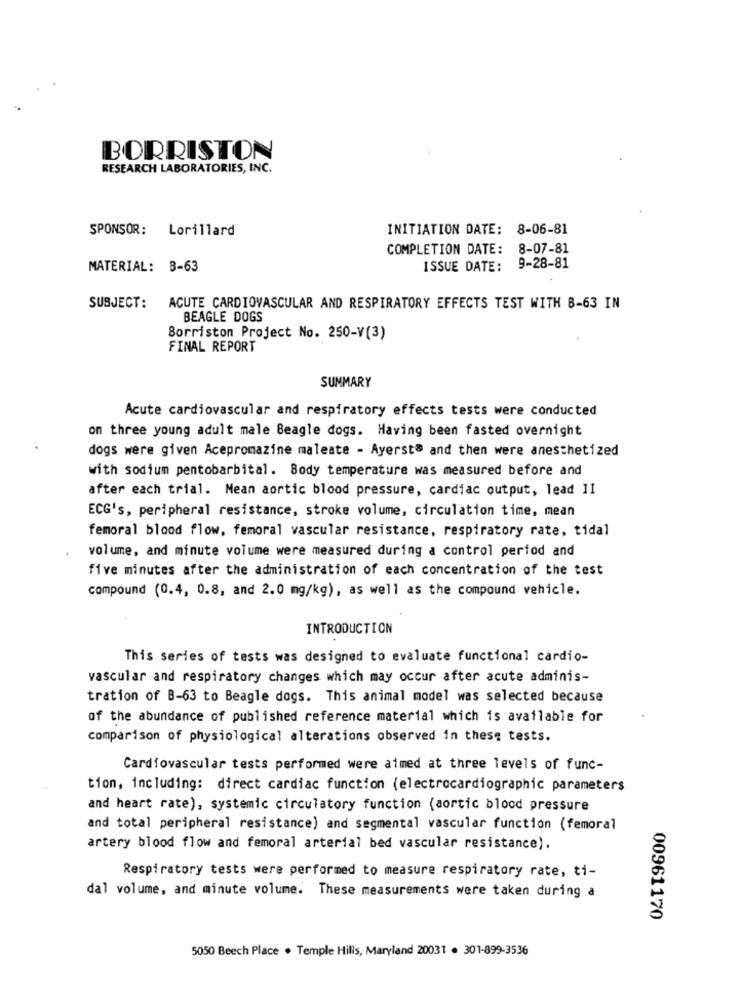
BORRISTON
RESEARCH LABORATORIES, INC.
SPONSOR: Lorillard
INITIATION DATE: 8-06-81
COMPLETION DATE: 8-07-81
MATERIAL: 3-63
ISSUE DATE: 9-28-81
SUBJECT:
ACUTE CARDIOVASCULAR AND RESPIRATORY EFFECTS TEST WITH B-63 IN
BEAGLE DOGS
Borriston Project No. 250-V(3)
FINAL REPORT
SUMMARY
Acute cardiovascular and respiratory effects tests were conducted
on three young adult male Beagle dogs. Having been fasted overnight
dogs were given Acepromazine maleate - Ayersta and then were anesthetized
with sodium pentobarbital. Body temperature was measured before and
after each trial. Mean aortic blood pressure, cardiac output, lead 11
ECG's, peripheral resistance, stroke volume, circulation time, mean
femoral blood flow, femoral vascular resistance, respiratory rate, tidal
volume, and minute volume were measured during a control period and
five minutes after the administration of each concentration of the test
compound (0.4, 0.8, and 2.0 mg/kg), as well as the compound vehicle.
INTRODUCTION
This series of tests was designed to evaluate functional cardio-
vascular and respiratory changes which may occur after acute adminis-
tration of B-63 to Beagle dogs. This animal model was selected because
of the abundance of published reference material which is available for
comparison of physiological alterations observed in these tests.
Cardiovascular tests performed were aimed at three levels of func-
tion, including: direct cardiac function (electrocardiogramarameters
and heart rate), systemic circulatory function (aortic blood pressure
and total peripheral resistance) and segmental vascular function (femoral
artery blood flow and femoral arterial bed vascular resistance).
Respiratory tests were performed to measure respiratory rate, ti-
dal volume, and minute volume. These measurements were taken during a
00961170
5050 Beech Place . Temple Hills, Maryland 20031 . 301-899-3536